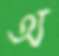
অ